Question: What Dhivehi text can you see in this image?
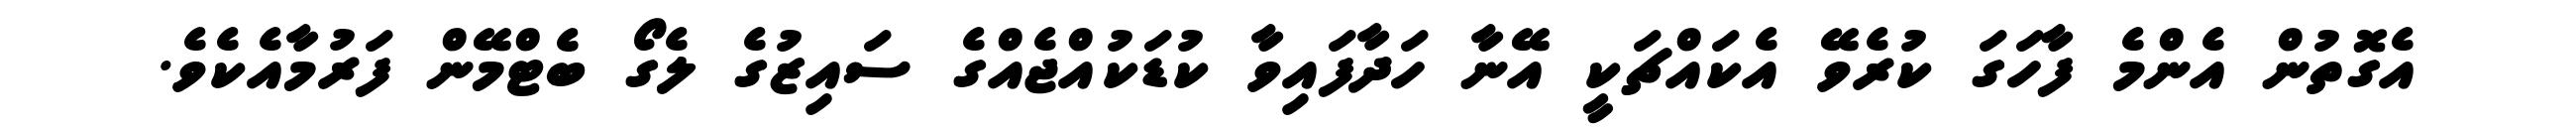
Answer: އެގޮތުން އެންމެ ފާހަގަ ކުރެވޭ އެކައްޗަކީ އޭނާ ހަދާފައިވާ ކުޑަކުއްޖެއްގެ ސައިޒުގެ ލެގޯ ބެޓްމޭން ފަރުމާއެކެވެ.